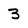
Character: 3